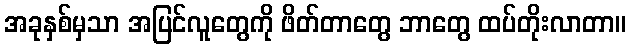
အခုနှစ်မှသာ အပြင်လူတွေကို ဖိတ်တာတွေ ဘာတွေ ထပ်တိုးလာတာ။